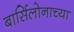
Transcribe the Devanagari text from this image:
बार्सिलोनाच्या